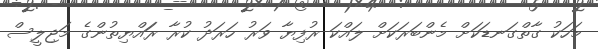
މަހަކު ގާތްގަނޑަކަށް މެންބަރަކަށް ލައްކަ ރުފިޔާ ވަރު ހަރަދު ކުރާ ރަައްޔިތުންގެ މަޖިލީސް